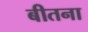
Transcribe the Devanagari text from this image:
बीतना